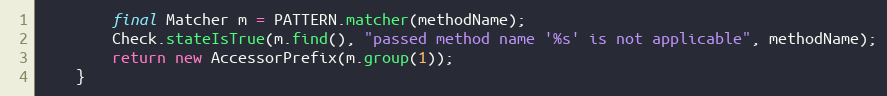
Language: Java
		final Matcher m = PATTERN.matcher(methodName);
		Check.stateIsTrue(m.find(), "passed method name '%s' is not applicable", methodName);
		return new AccessorPrefix(m.group(1));
	}